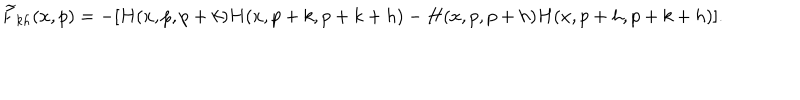
LaTeX: \widetilde F _ { k h } ( x , p ) = - [ H ( x , p , p + k ) H ( x , p + k , p + k + h ) - H ( x , p , p + h ) H ( x , p + h , p + k + h ) ] .